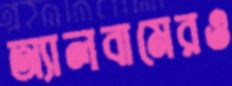
অ্যালবামেরও